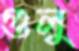
গুলু